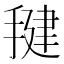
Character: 𰔑